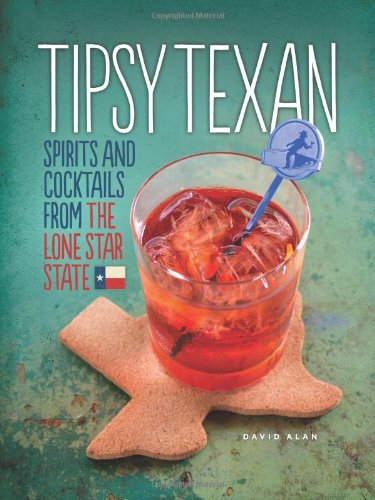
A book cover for Tipsy Texan: Spirits and Cocktails from the Lone Star State; David Alan; Cookbooks, Food & Wine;